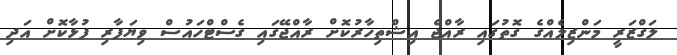
ލަގްޒަރީ މަންޒިލެއްގެ ގޮތުގައި ރާއްޖެ އިޝްތިހާރުކޮށް ރާއްޖޭގައި ގެސްޓްހައުސް ވިޔަފާރި ފުޅާކޮށް އަދި